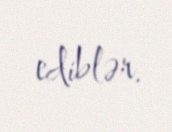
ediblər.